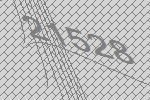
21528